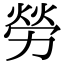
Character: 勞